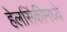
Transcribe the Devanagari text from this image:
हेलसिंकीमध्ये